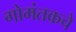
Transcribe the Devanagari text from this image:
गोमंतकचे